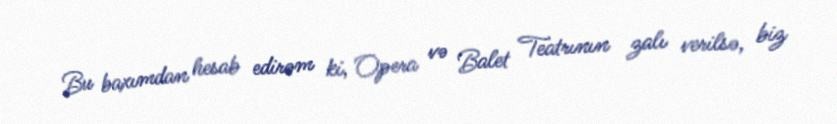
Bu baxımdan hesab edirəm ki, Opera və Balet Teatrının zalı verilsə, biz